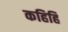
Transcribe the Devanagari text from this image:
कहिहि